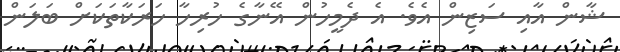
ޝާން އާއި ސަޒިން އެވެ. އެ ދެމީހުން އޭނާގެ ހުރިހާ ހަރަކާތަކަށް ބަލަން